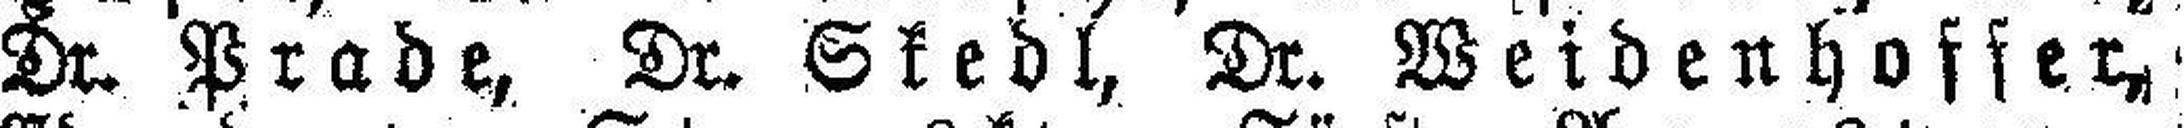
Dr. Prade, Dr. Skedl, Dr. Weidenhoffer,